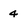
Character: 4